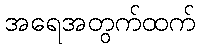
အရေအတွက်ထက်